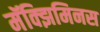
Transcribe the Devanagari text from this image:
मॅक्झिमिनस